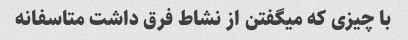
با چیزی که میگفتن از نشاط فرق داشت متاسفانه